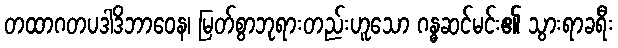
တထာဂတပဒါဒိဘာဝေန၊ မြတ်စွာဘုရားတည်းဟူသော ဂန္ဓဆင်မင်း၏ သွားရာခရီး